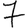
Digit: 7